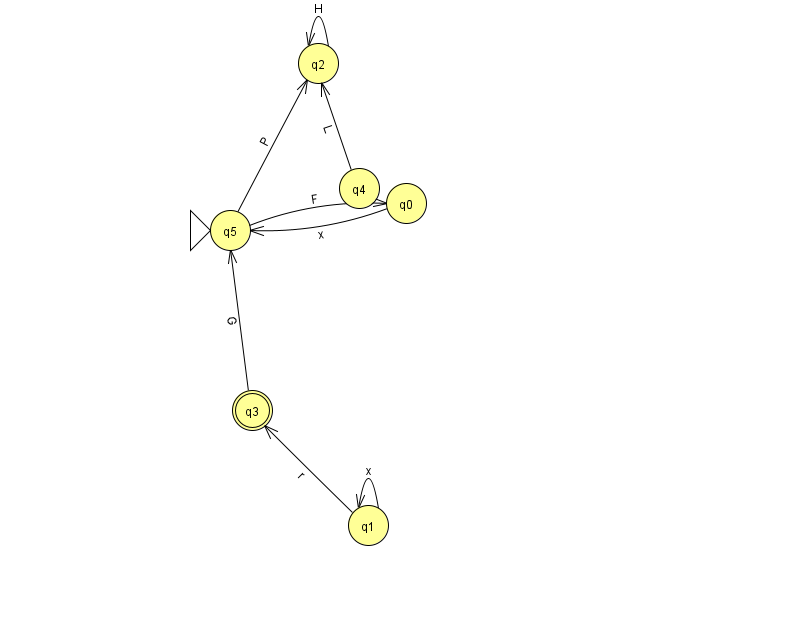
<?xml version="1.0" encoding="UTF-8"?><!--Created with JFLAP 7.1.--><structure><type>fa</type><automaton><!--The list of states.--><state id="0" name="q0"><x>406.0</x><y>190.0</y></state><state id="1" name="q1"><x>368.0</x><y>512.0</y></state><state id="2" name="q2"><x>318.0</x><y>50.0</y></state><state id="3" name="q3"><x>252.0</x><y>397.0</y><final/></state><state id="4" name="q4"><x>359.0</x><y>175.0</y></state><state id="5" name="q5"><x>230.0</x><y>217.0</y><initial/></state><!--The list of transitions.--><transition><from>0</from><to>5</to><read>x</read></transition><transition><from>4</from><to>2</to><read>L</read></transition><transition><from>5</from><to>2</to><read>P</read></transition><transition><from>1</from><to>1</to><read>x</read></transition><transition><from>2</from><to>2</to><read>H</read></transition><transition><from>3</from><to>5</to><read>G</read></transition><transition><from>5</from><to>0</to><read>F</read></transition><transition><from>1</from><to>3</to><read>r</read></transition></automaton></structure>